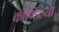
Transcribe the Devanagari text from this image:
कोण्डिल्या